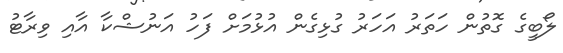
ލޯބީގެ ގޮތުން ހަތަރު އަހަރު ގުޅިގެން އުޅުމަށް ފަހު އަނުޝްކާ އާއި ވިރާޓު